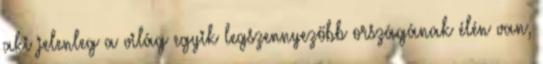
aki jelenleg a világ egyik legszennyezőbb országának élén van,